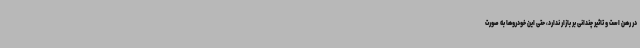
در رهن است و تاثیر چندانی بر بازار ندارد، حتی این خودروها به صورت